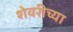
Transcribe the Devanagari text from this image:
शेवरीच्या